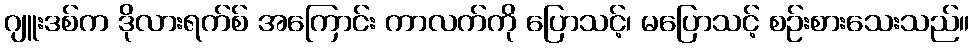
ဂျူးဒစ်က ဒိုလားရက်စ် အကြောင်း ကာလက်ကို ပြောသင့်၊ မပြောသင့် စဉ်းစားသေးသည်။